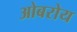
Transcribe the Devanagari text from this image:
ओबरोय